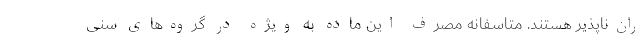
ران‌ناپذیر هستند. متاسفانه مصرف این ماده به ویژه در گروه‌های سنی